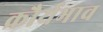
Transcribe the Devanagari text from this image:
क्रौर्यभाव